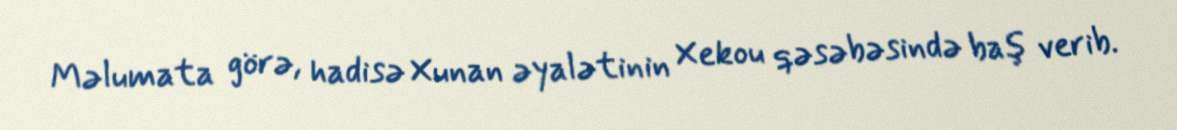
Məlumata görə, hadisə Xunan əyalətinin Xekou qəsəbəsində baş verib.